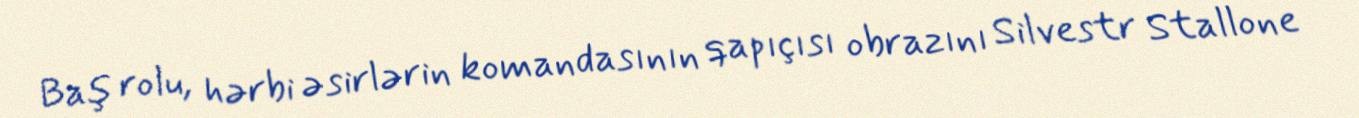
Baş rolu, hərbi əsirlərin komandasının qapıçısı obrazını Silvestr Stallone